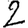
Digit: 2